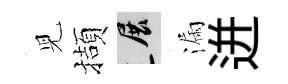
児擷展漏迸